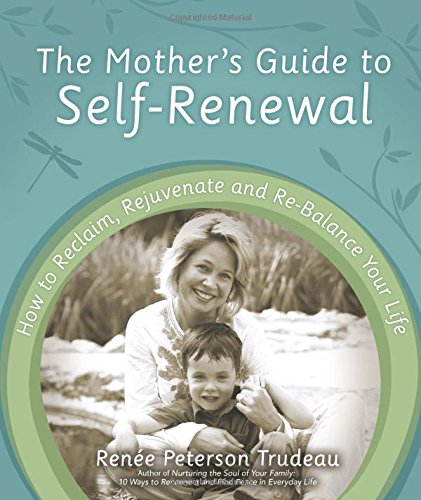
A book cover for The Mother's Guide to Self-Renewal: How to Reclaim, Rejuvenate and Re-Balance Your Life; RenÃ©e Peterson Trudeau; Science & Math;